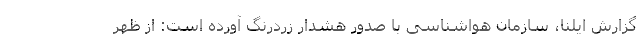
گزارش ایلنا، سازمان هواشناسی با صدور هشدار زردرنگ آورده است: از ظهر